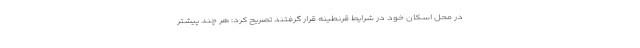
در محل اسکان خود در شرایط قرنطینه قرار گرفتند تصریح کرد: هر چند پیشتر